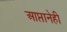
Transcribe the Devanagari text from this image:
आप्तानेही